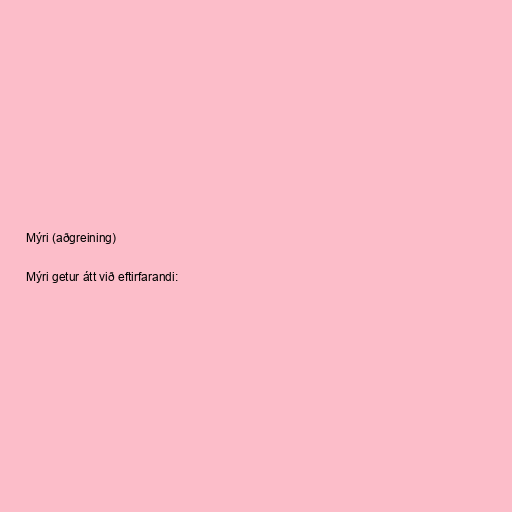
Mýri (aðgreining)

Mýri getur átt við eftirfarandi: